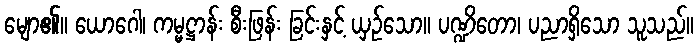
မျော၏။ ယောဂေါ၊ ကမ္မဋ္ဌာန်း စီးဖြန်း ခြင်းနှင့် ယှဉ်သော။ ပဏ္ဍိတော၊ ပညာရှိသော သူသည်။